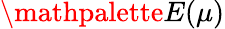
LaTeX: \mathpalette{E}(\mu)